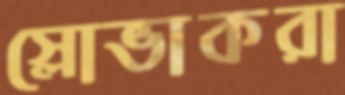
স্লোভাকরা